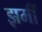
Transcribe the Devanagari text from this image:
झमीं